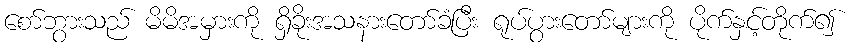
စော်ဘွားသည် မိမိအမှားကို ရှိခိုးအသနားတော်ခံပြီး ရုပ်ပွားတော်များကို ပိုက်နှင့်တိုက်၍